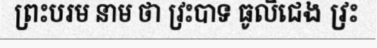
ព្រះបរម នាម ថា វ្រះបាទ ធូលិជេង វ្រះ